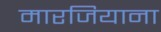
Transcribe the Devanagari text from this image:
मारजियाना